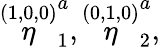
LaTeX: \stackrel{(1,0,0)}{\eta}_{1}^{a},\stackrel{(0,1,0)}{\eta}_{2}^{a},